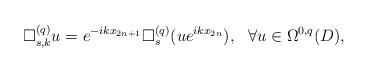
LaTeX: \begin{align*}\Box^{(q)}_{s,k}u=e^{-ikx_{2n+1}}\Box^{(q)}_s(ue^{ikx_{2n}}),\ \ \forall u\in\Omega^{0,q}(D),\end{align*}